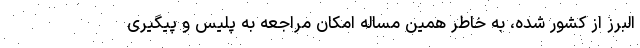
البرز از کشور شده، به خاطر همین مساله امکان مراجعه به پلیس و پیگیری